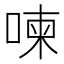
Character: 𠷬